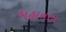
મહાનતા